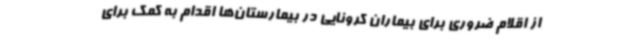
از اقلام ضروری برای بیماران کرونایی در بیمارستان‌ها اقدام به کمک برای